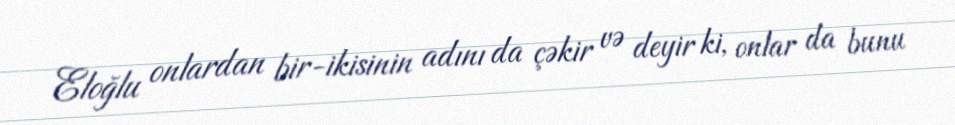
Eloğlu onlardan bir-ikisinin adını da çəkir və deyir ki, onlar da bunu